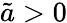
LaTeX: \tilde{a}>0